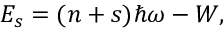
E _ { s } = ( n + s ) \hbar \omega - W ,